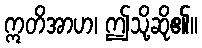
ဣတိအာဟ၊ ဤသို့ဆို၏။